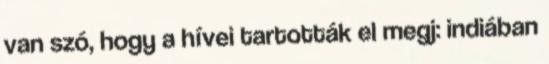
van szó, hogy a hívei tartották el megj: indiában